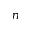
n